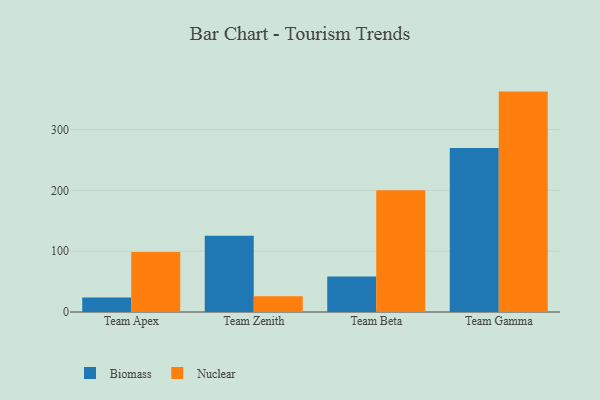
{"axis": {"x": "Team", "y": "Market Share (%)"}, "legend": ["Biomass", "Nuclear"], "data": [{"x": "Team Apex", "y": 24.0, "type": "Biomass"}, {"x": "Team Apex", "y": 98.5, "type": "Nuclear"}, {"x": "Team Zenith", "y": 125.3, "type": "Biomass"}, {"x": "Team Zenith", "y": 25.9, "type": "Nuclear"}, {"x": "Team Beta", "y": 58.4, "type": "Biomass"}, {"x": "Team Beta", "y": 200.2, "type": "Nuclear"}, {"x": "Team Gamma", "y": 269.5, "type": "Biomass"}, {"x": "Team Gamma", "y": 362.3, "type": "Nuclear"}]}